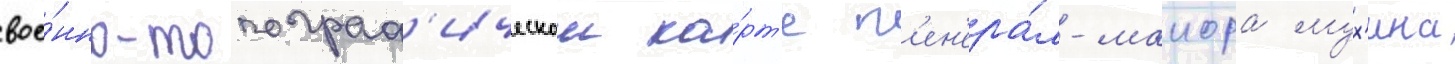
вое́нно-топограф'ическои ка́рт'е г'ен'ера́л-маиора мух'ина